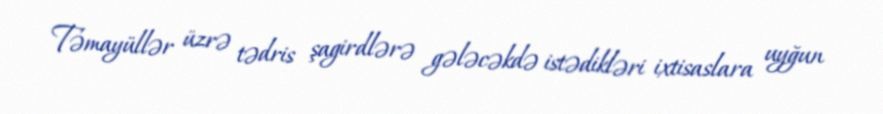
Təmayüllər üzrə tədris şagirdlərə gələcəkdə istədikləri ixtisaslara uyğun